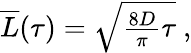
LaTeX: \begin{array}{r}{\overline{{L}}(\tau)=\sqrt{\frac{8D}{\pi}\tau}\ ,}\end{array}